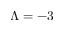
\Lambda = - 3